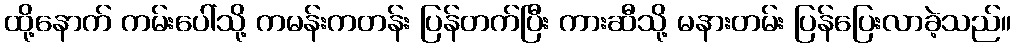
ထို့နောက် ကမ်းပေါ်သို့ ကမန်းကတန်း ပြန်တက်ပြီး ကားဆီသို့ မနားတမ်း ပြန်ပြေးလာခဲ့သည်။